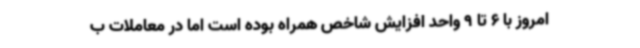
امروز با 6 تا 9 واحد افزایش شاخص همراه بوده‌ است اما در معاملات ب